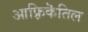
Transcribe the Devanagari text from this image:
आफ़्रिकॆतिल